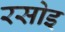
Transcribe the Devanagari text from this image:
रसोइ